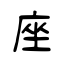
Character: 座